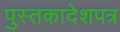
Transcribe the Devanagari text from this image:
पुस्तकादेशपत्र